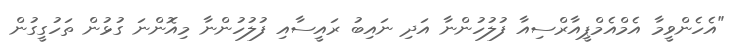
"އެހެންވީމާ އެމްއެމްޕީއާރްސިއާ ފުލުހުންނާ އަދި ނައިބު ރައީސާއި ފުލުހުންނާ މިއޮންނަ ގުޅުން ތަހުގީގުން